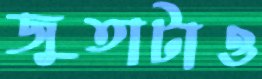
জুতাটাও